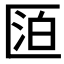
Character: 𠥋